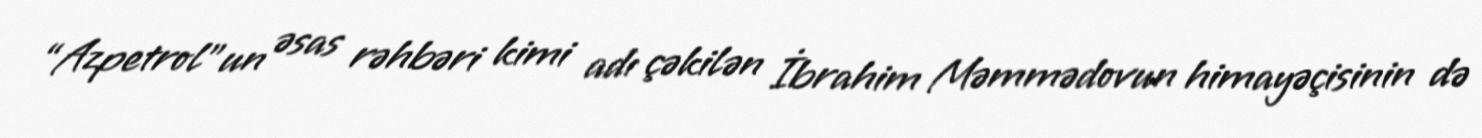
“Azpetrol”un əsas rəhbəri kimi adı çəkilən İbrahim Məmmədovun himayəçisinin də